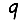
Digit: 9